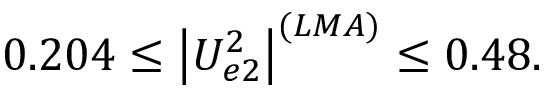
0 . 2 0 4 \leq \left| U _ { e 2 } ^ { 2 } \right| ^ { ( L M A ) } \leq 0 . 4 8 .